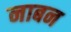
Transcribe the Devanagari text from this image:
नाबन